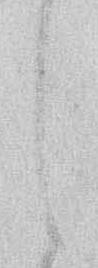
し